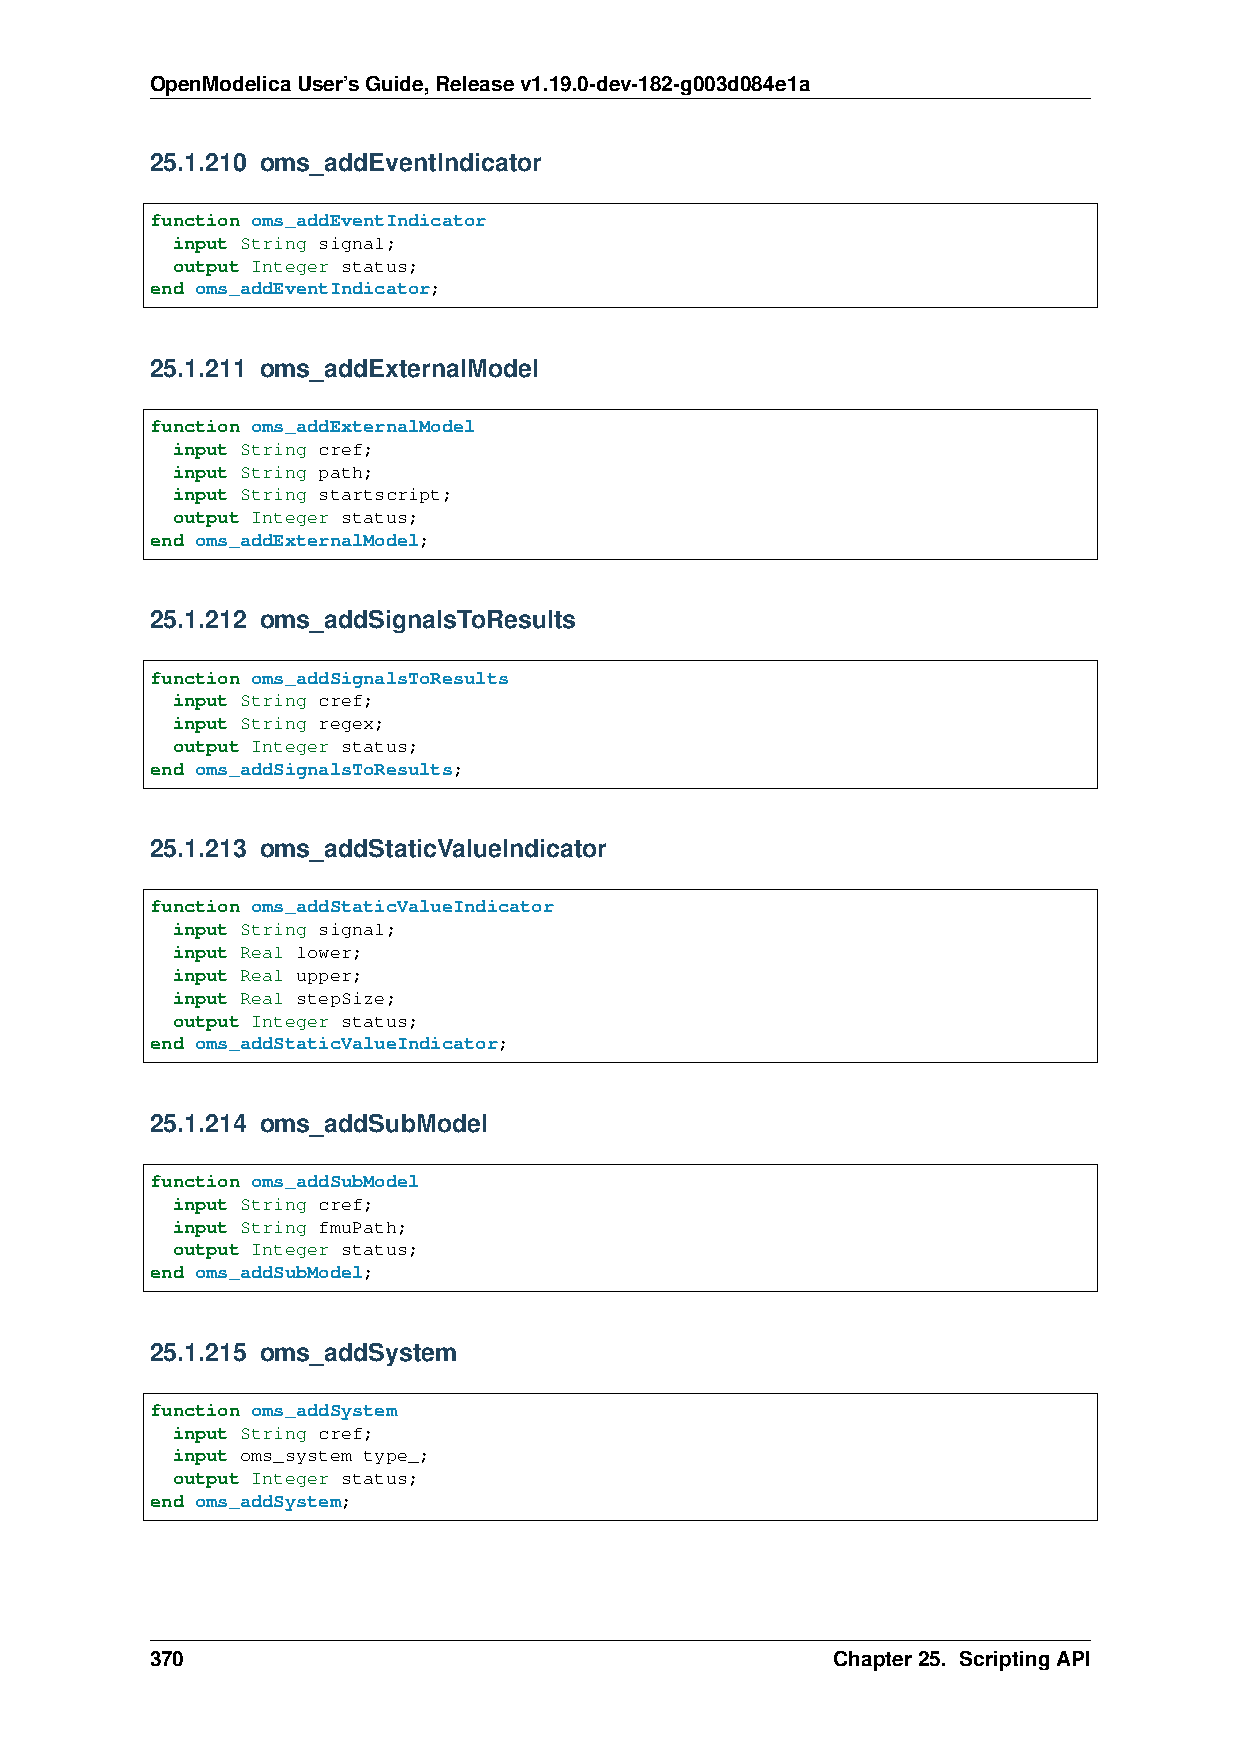
OpenModelicaUser’sGuide,Releasev1.19.0-dev-182-g003d084e1a
 25.1.210 oms_addEventIndicator
 function oms_addEventIndicator
 input String signal;
 output Integer status;
 end oms_addEventIndicator;
 25.1.211 oms_addExternalModel
 function oms_addExternalModel
 input String cref;
 input String path;
 input String startscript;
 output Integer status;
 end oms_addExternalModel;
 25.1.212 oms_addSignalsToResults
 function oms_addSignalsToResults
 input String cref;
 input String regex;
 output Integer status;
 end oms_addSignalsToResults;
 25.1.213 oms_addStaticValueIndicator
 function oms_addStaticValueIndicator
 input String signal;
 input Real lower;
 input Real upper;
 input Real stepSize;
 output Integer status;
 end oms_addStaticValueIndicator;
 25.1.214 oms_addSubModel
 function oms_addSubModel
 input String cref;
 input String fmuPath;
 output Integer status;
 end oms_addSubModel;
 25.1.215 oms_addSystem
 function oms_addSystem
 input String cref;
 input oms_system type_;
 output Integer status;
 end oms_addSystem;
 370                                          Chapter25. ScriptingAPI